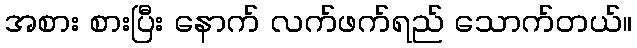
အစား စားပြီး နောက် လက်ဖက်ရည် သောက်တယ်။